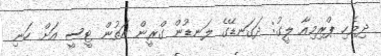
ދިވެހި ޕްރިމިއާ ލީގު: ދަގަނޑޭގެ ލަނޑުން ގްރީން އަތުން ޓީސީ އަށް ހަނި